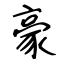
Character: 豪